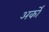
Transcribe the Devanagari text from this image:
अर्कों